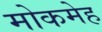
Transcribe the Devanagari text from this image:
मोकमेह